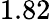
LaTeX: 1.82